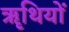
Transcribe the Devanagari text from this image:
ॠथियों